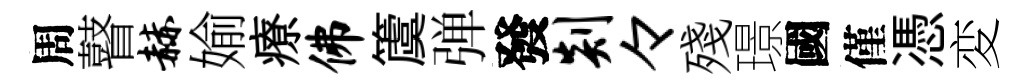
周瞽赫媮療佛𥵂弹發剡々殘璟國僅憑変